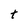
Character: t